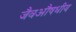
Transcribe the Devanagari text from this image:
जैवऔषधीय